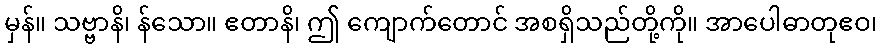
မှန်။ သဗ္ဗာနိ၊ န်သော။ ဧတာနိ၊ ဤ ကျောက်တောင် အစရှိသည်တို့ကို။ အာပေါဓာတုဧဝ၊